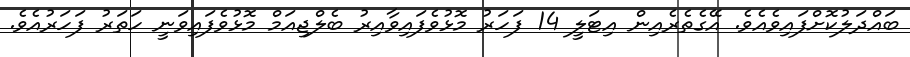
ބައްދަލުކޮށްފައިވެއެވެ. އޭގެތެރެއިން އިޓަލީ 14 ފަހަރު މޮޅުވެފައިވާއިރު ބެލްޖިއަމް މޮޅުވެފައިވަނީ ހަތަރު ފަހަރުއެވެ.